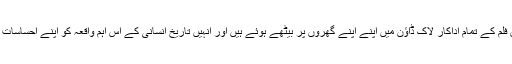
فلم کی اسٹوری کے مطابق فلم کے تمام اداکار لاک ڈاؤن میں اپنے اپنے گھروں پر بیٹھے ہوئے ہیں اور انہیں تاریخ انسانی کے اس اہم واقعہ کو اپنے احساسات کے ذریعہ پیش کرنا ہے ۔